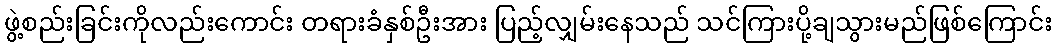
ဖွဲ့စည်းခြင်းကိုလည်းကောင်း တရားခံနှစ်ဦးအား ပြည့်လျှမ်းနေသည် သင်ကြားပို့ချသွားမည်ဖြစ်ကြောင်း